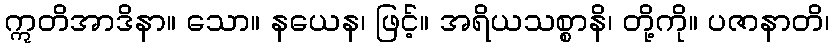
ဣတိအာဒိနာ။ သော။ နယေန၊ ဖြင့်။ အရိယသစ္စာနိ၊ တို့ကို။ ပဇာနာတိ၊